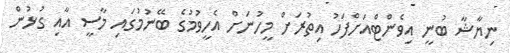
ނިޔާޝާ ބުނީ އިވެންޓްއަށްފަހު އިތުރަށް މީހުނަށް އެހީވުމުގެ ބޭނުމުގައި މާސީ އާއި ގުޅުން